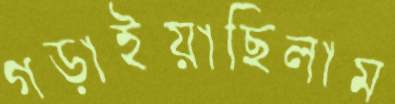
গড়াইয়াছিলাম